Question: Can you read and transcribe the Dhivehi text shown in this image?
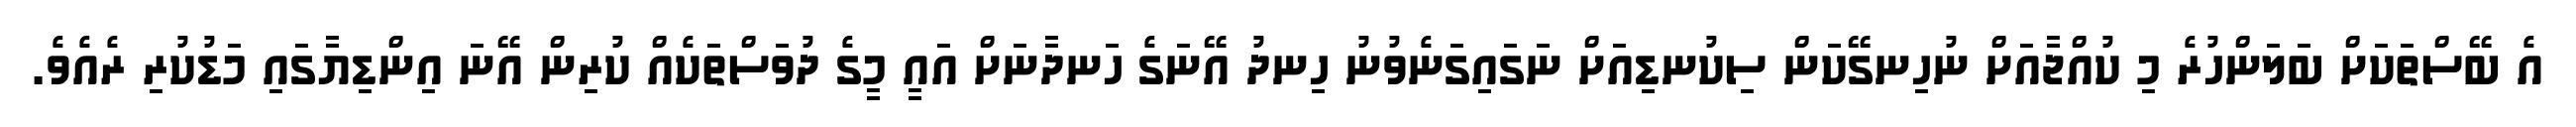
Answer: އެ ބޭސްތަކަށް ބަލަންހުރެ މި ކުއްޖާއަށް ނުހިނގޭކަން ސިކުނޑިއަށް ނަގައިގަނެވުނު ހިނދު އޭނަގެ ހަނދާނަށް އައީ މީގެ ދުވަސްތަކެއް ކުރިން އޭނަ އިންޑިޔާގައި މަޑުކުރި ރެއެވެ.